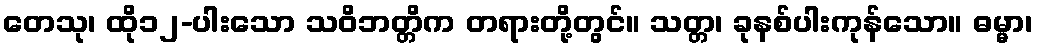
တေသု၊ ထို၁၂-ပါးသော သဝိဘတ္တိက တရားတို့တွင်။ သတ္တ၊ ခုနစ်ပါးကုန်သော။ ဓမ္မာ၊